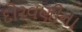
દોરવણીના